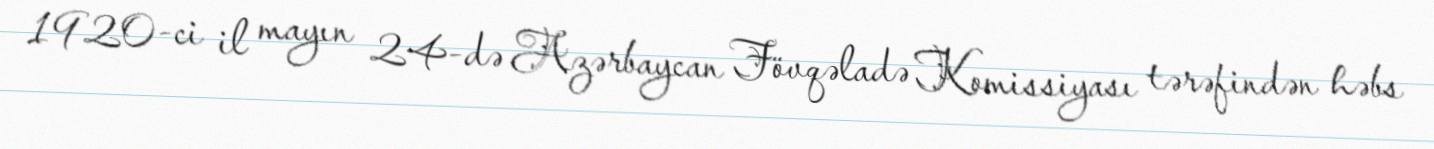
1920-ci il mayın 24-də Azərbaycan Fövqəladə Komissiyası tərəfindən həbs